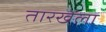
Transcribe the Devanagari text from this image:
तारखेंला